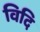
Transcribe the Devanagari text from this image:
विदि